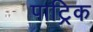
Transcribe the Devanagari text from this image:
पाट्रिक